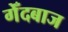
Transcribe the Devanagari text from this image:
गेँदबाज